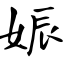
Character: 娠